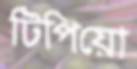
টিপিয়ো